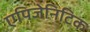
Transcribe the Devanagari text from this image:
एपिजेनिटिक